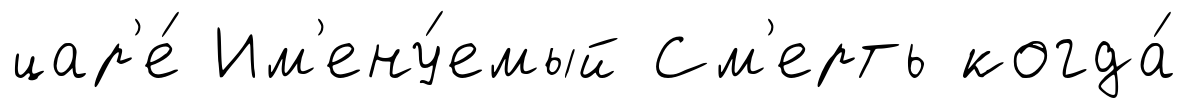
цар'е́ Им'ену́емый См'ерть когда́